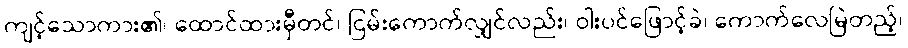
ကျင့်သောကား၏၊ ထောင်ထားမှီတင်၊ ငြမ်းကောက်လျှင်လည်း၊ ဝါးပင်ဖြောင့်ခဲ၊ ကောက်လေမြဲတည့်၊